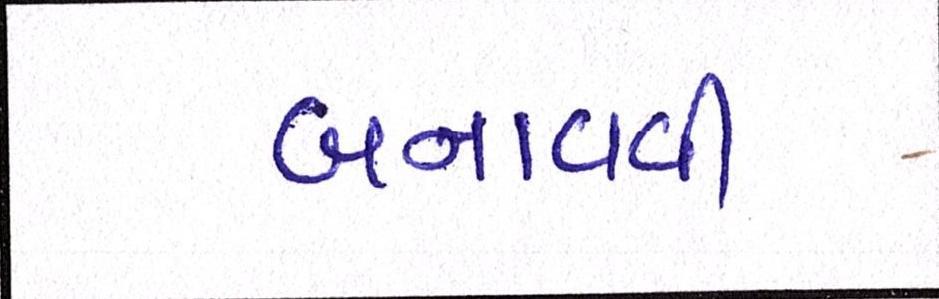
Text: બનાવવી